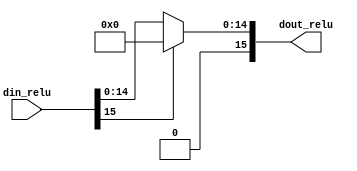
`timescale 1ns / 1ps

module relu(
    input 	[15:0] din_relu,
    output 	[15:0] dout_relu
    );

assign dout_relu = (din_relu[15] == 1'b0)? din_relu[15:0] : 16'h0000;//14?

endmodule